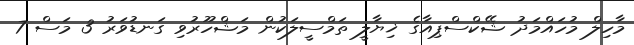
މާހިލް މުހައްމަދު ޝޭކްސްޕިއާގެ ޚިޔާލީ ތަމްސީލަކުން މަޝްހޫރުވި ގަނޑުވަރު 3 މަސް 7